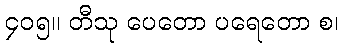
၄၀၅။ တီသု ပေတော ပရေတော စ၊